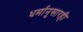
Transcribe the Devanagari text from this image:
धर्मानुसारही